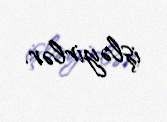
işləyirlər.